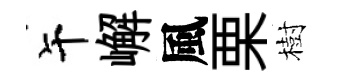
午嶰風栗樹